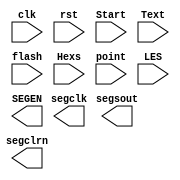
`timescale 1ns / 1ps
//////////////////////////////////////////////////////////////////////////////////
// Company: 
// Engineer: 
// 
// Design Name: 
// Module Name:    Display_IO 
// Project Name: 
// Target Devices: 
// Tool versions: 
// Description: 
//
// Dependencies: 
//
// Revision: 
// Revision 0.01 - File Created
// Additional Comments: 
//
//////////////////////////////////////////////////////////////////////////////////
module    Display(input clk,			//	
						input rst,			//
						input Start,		//
						input Text,			//(16)/()
						input flash,		//
						input[31:0]Hexs,	//32
						input[7:0]point,	//8
						input[7:0]LES,		//=1
						
						output segclk,	//
						output segsout,	//()
						output SEGEN,	//
						output segclrn	//
						);

endmodule